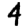
Digit: 4